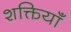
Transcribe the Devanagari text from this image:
शक्तियॉं